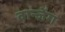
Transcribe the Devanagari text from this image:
वान्जेंग